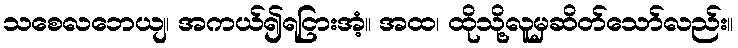
သစေလဘေယျ၊ အကယ်၍ရငြားအံ့။ အထ၊ ထိုသို့လူမှဆိတ်သော်လည်း။